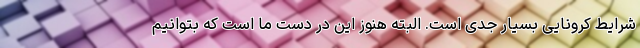
شرایط کرونایی بسیار جدی است. البته هنوز این در دست ما است که بتوانیم